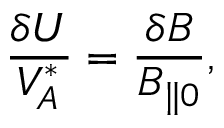
\frac { \delta U } { V _ { A } ^ { * } } = \frac { \delta B } { B _ { \| 0 } } ,